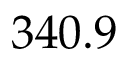
3 4 0 . 9